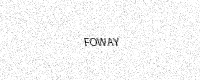
Text: FOWAY